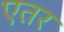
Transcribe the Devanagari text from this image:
एतर